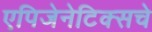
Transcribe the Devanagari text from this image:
एपिजेनेटिक्सचे